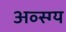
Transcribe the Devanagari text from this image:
अव्स्ग्य